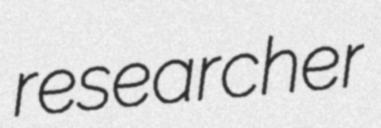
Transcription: researcher